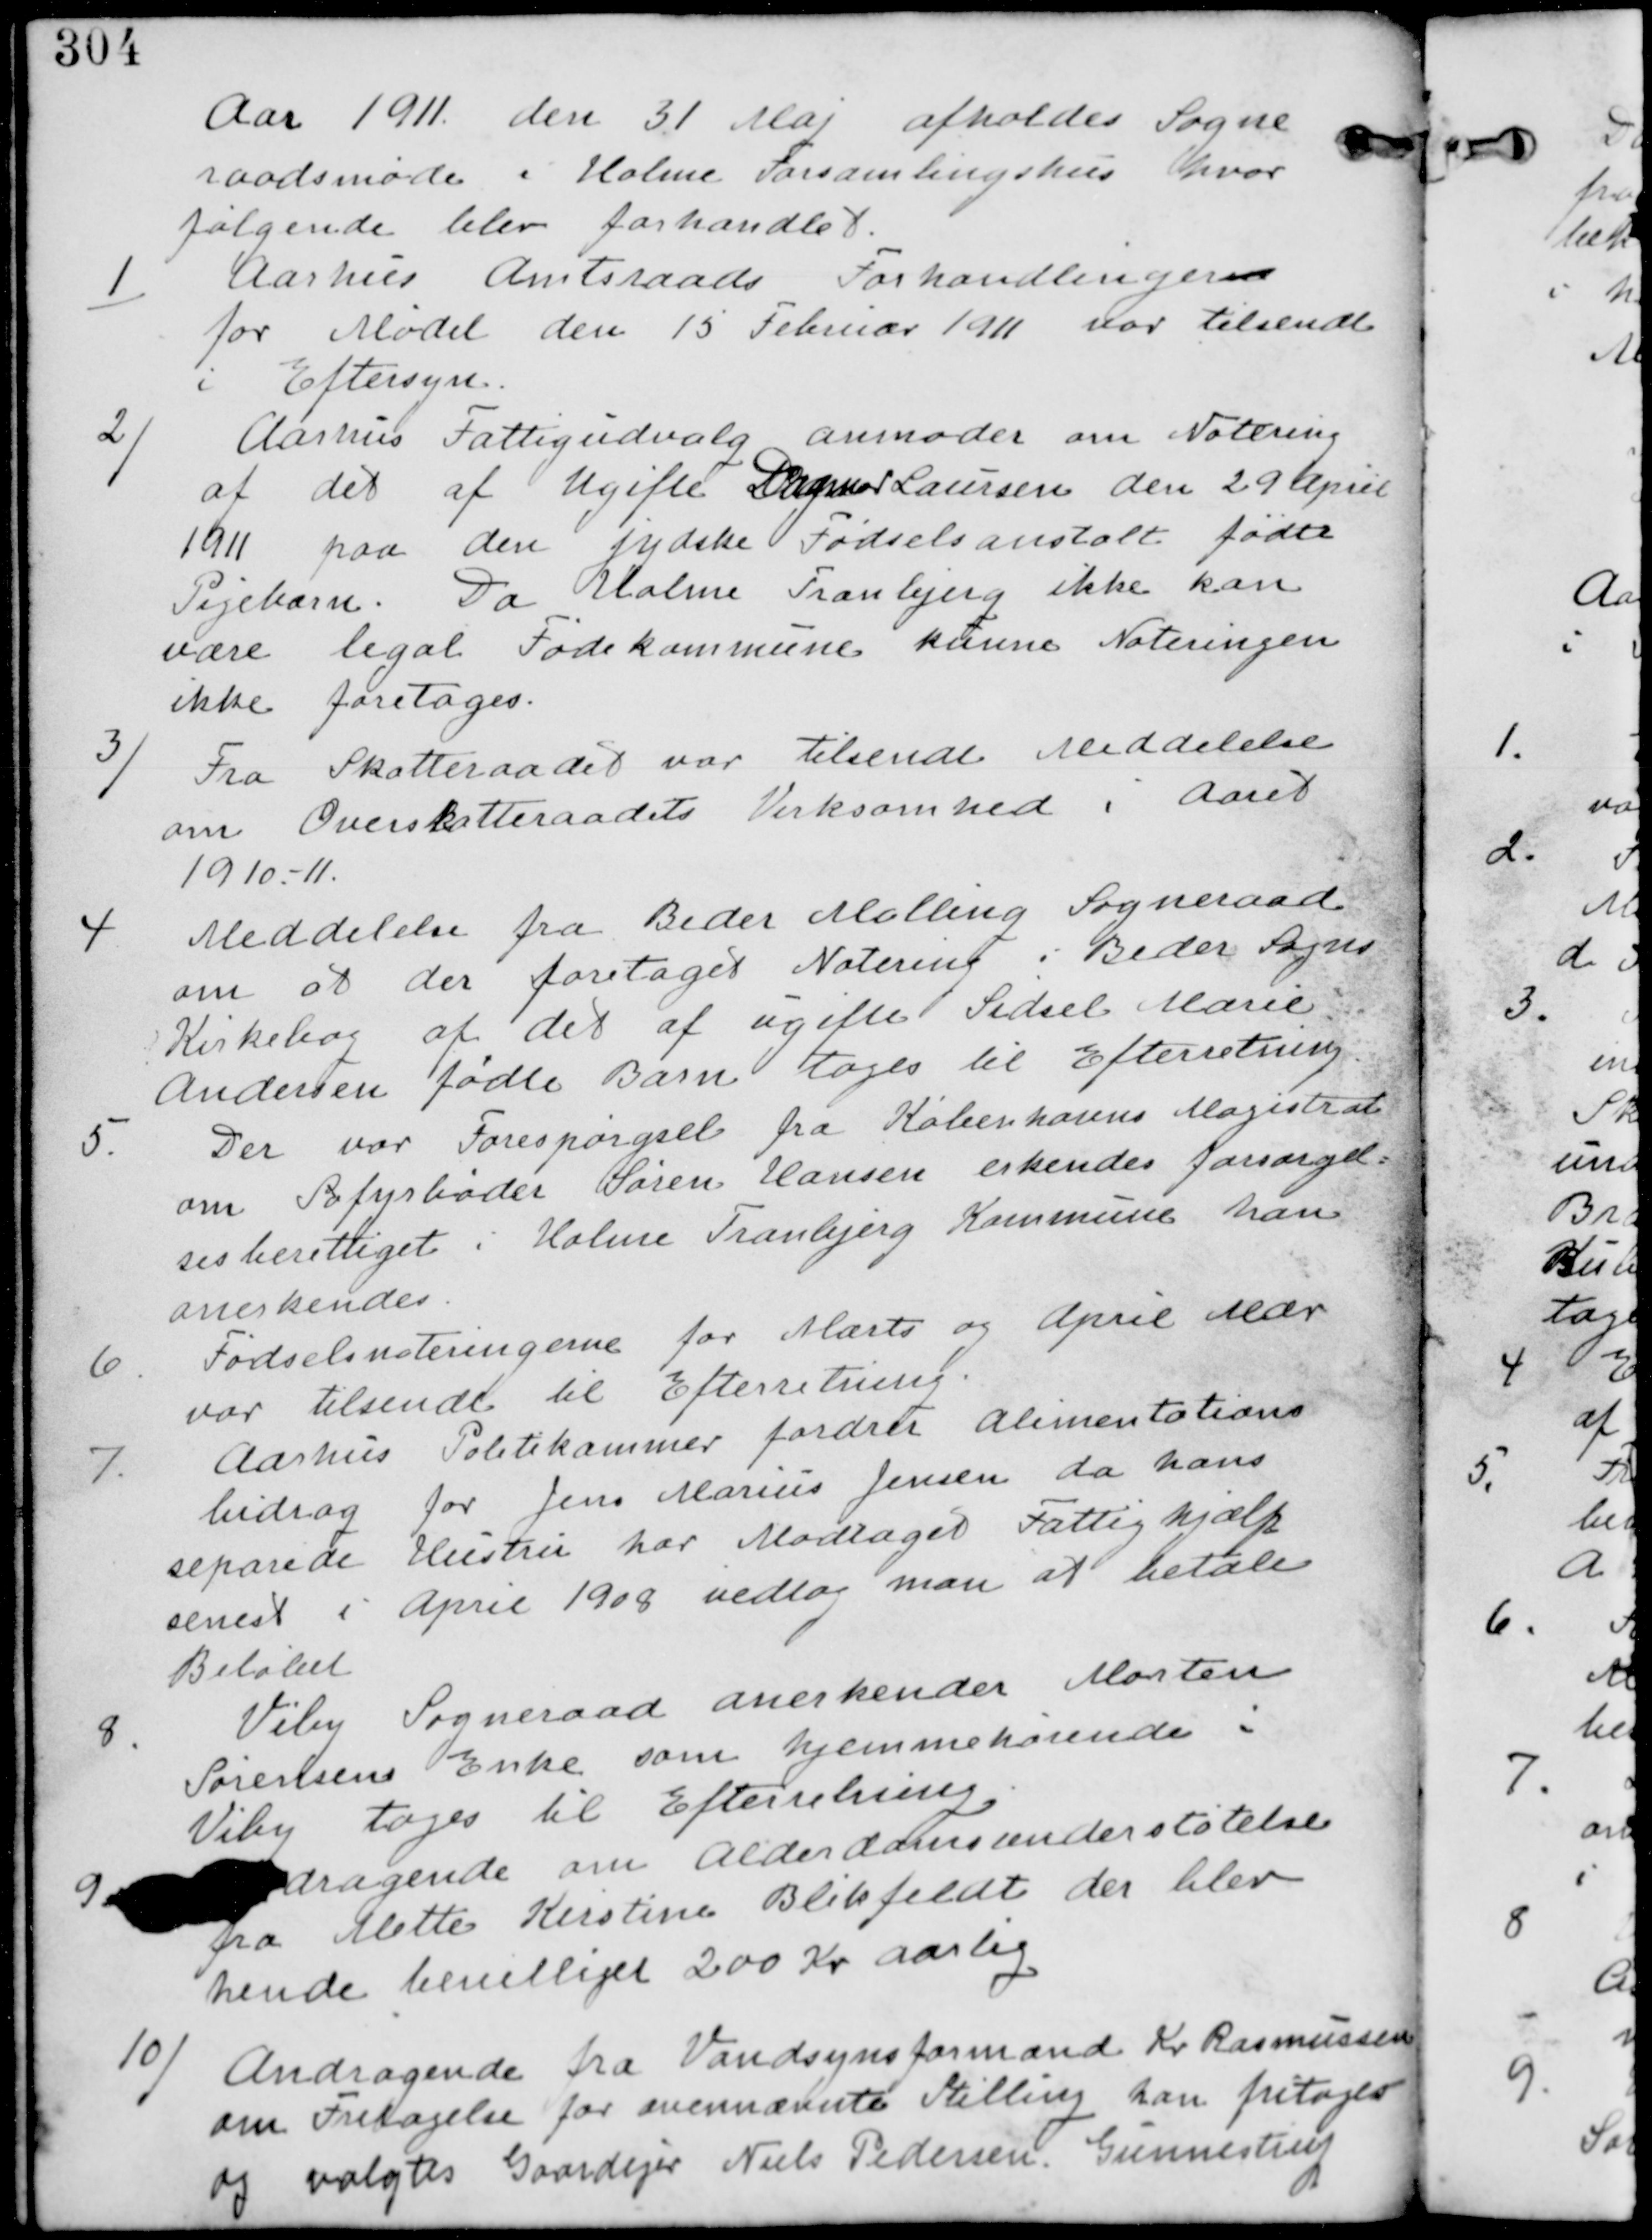
Transskription:
Aar 1911 den 31 Maj afholdes Sogne-
raadsmøde i Holme Forsamlingshus hvor
følgende blev forhandlet.

1. Aarhus Amtsraads Forhandlinger
for Mødet den 15. Februar 1911 var tilsendt
i Eftersyn

2/
Aarhus Fattigudvalg anmoder om Notering
af det af Ugifte Dagmar Laursen den 29. April
1911 paa den jyske Fødselsanstalt fødte
Pigebarn. Da Holme Tranbjerg ikke kan
være legal Fødekommune kunne Noteringen
ikke foretages.

3/
Fra Skatteraadet var tilsendt Meddelelse
om Overskatteraadets Virksomhed i Aaret
1910-11.

4. Meddelelse fra Beder Malling Sogneraad
om at der er foretaget Notering i Beder Sogns
Kirkebog af det af ugifte Sidsel Marie
Andersen fødte Barn. tages til Efterretning.

5.
Der var Forespørgsel fra Københavns Magistrat
om Søfyrbøder Søren Hansen erkendes forsørgel-
sesberettiget i Holme Tranbjerg Kommune han
anerkendes

6. Fødselsnoteringerne for Marts og April Mdr
var tilsendt til Efterretning.

7. Aarhus Politikammer fordrer alimentations-
bidrag for Jens Marius Jensen da hans
separede Hustru har Modtaget Fattighjælp
senest i April 1908 vedtog man at betale
Beløbet.

8.
Viby Sogneraad anerkender Morten
Sørensens Enke som hjemmehørende i
Viby. tages til Efterretning.

9.
Andragende om Alderdomsunderstøtelse
fra Mette Kirstine Blikfeldt der blev
hende bevilliget 200 Kr. aarlig.

10/
Andragende fra Vandsynsformand Kr Rasmussen
om Fritagelse for ovennævnte Stilling han fritages
og valgtes Gaardejer Niels Pedersen Gunnestrup.